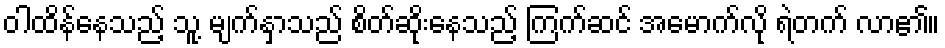
ဝါထိန်နေသည့် သူ့ မျက်နှာသည် စိတ်ဆိုးနေသည့် ကြက်ဆင် အမောက်လို ရဲတက် လာ၏။